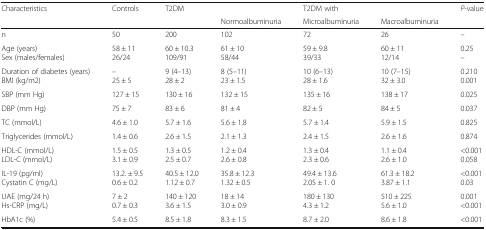
<table><thead><tr><td rowspan="2"><b>Characteristics</b></td><td rowspan="2"><b>Controls</b></td><td rowspan="2"><b>T2DM</b></td><td></td><td><b>T2DM with</b></td><td></td><td rowspan="2"><b><i>P</i>-value</b></td></tr><tr><td><b>Normoalbuminuria</b></td><td><b>Microalbuminuria</b></td><td><b>Macroalbuminuria</b></td></tr></thead><tbody><tr><td>n</td><td>50</td><td>200</td><td>102</td><td>72</td><td>26</td><td>–</td></tr><tr><td>Age (years)Sex (males/females)</td><td>58 ± 1126/24</td><td>60 ± 10.3109/91</td><td>61 ± 1058/44</td><td>59 ± 9.839/33</td><td>60 ± 1112/14</td><td>0.25–</td></tr><tr><td>Duration of diabetes (years)BMI (kg/m2)</td><td>–25 ± 5</td><td>9 (4–13)28 ± 2</td><td>8 (5–11)23 ± 1.5</td><td>10 (6–13)28 ± 1.6</td><td>10 (7–15)32 ± 3.0</td><td>0.2100.001</td></tr><tr><td>SBP (mm Hg)</td><td>127 ± 15</td><td>130 ± 16</td><td>132 ± 15</td><td>135 ± 16</td><td>138 ± 17</td><td>0.025</td></tr><tr><td>DBP (mm Hg)</td><td>75 ± 7</td><td>83 ± 6</td><td>81 ± 4</td><td>82 ± 5</td><td>84 ± 5</td><td>0.037</td></tr><tr><td>TC (mmol/L)</td><td>4.6 ± 1.0</td><td>5.7 ± 1.6</td><td>5.6 ± 1.8</td><td>5.7 ± 1.4</td><td>5.9 ± 1.5</td><td>0.825</td></tr><tr><td>Triglycerides (mmol/L)</td><td>1.4 ± 0.6</td><td>2.6 ± 1.5</td><td>2.1 ± 1.3</td><td>2.4 ± 1.5</td><td>2.6 ± 1.6</td><td>0.874</td></tr><tr><td>HDL-C (mmol/L)LDL-C (mmol/L)</td><td>1.5 ± 0.53.1 ± 0.9</td><td>1.3 ± 0.52.5 ± 0.7</td><td>1.2 ± 0.42.6 ± 0.8</td><td>1.3 ± 0.42.3 ± 0.6</td><td>1.1 ± 0.42.6 ± 1.0</td><td>&lt;0.0010.058</td></tr><tr><td>IL-19 (pg/ml)Cystatin C (mg/L)</td><td>13.2. ± 9.50.6 ± 0.2</td><td>40.5 ± 12.01.12 ± 0.7</td><td>35.8 ± 12.31.32 ± 0.5</td><td>49.4 ± 13.62.05 ± 1. 0</td><td>61.3 ± 18.23.87 ± 1.1</td><td>&lt;0.0010.03</td></tr><tr><td>UAE (mg/24 h)Hs-CRP (mg/L)</td><td>7 ± 20.7 ± 0.3</td><td>140 ± 1203.6 ± 1.5</td><td>18 ± 143.0 ± 0.9</td><td>180 ± 1304.3 ± 1.2</td><td>510 ± 2255.6 ± 1.0</td><td>0.001&lt;0.001</td></tr><tr><td>HbA1c (%)</td><td>5.4 ± 0.5</td><td>8.5 ± 1.8</td><td>8.3 ± 1.5</td><td>8.7 ± 2.0</td><td>8.6 ± 1.8</td><td>&lt;0.001</td></tr></tbody></table>